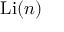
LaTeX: \operatorname { L i } ( n )